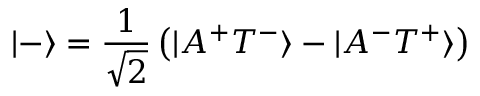
| - \rangle = \frac { 1 } { \sqrt { 2 } } \left( | A ^ { + } T ^ { - } \rangle - | A ^ { - } T ^ { + } \rangle \right)